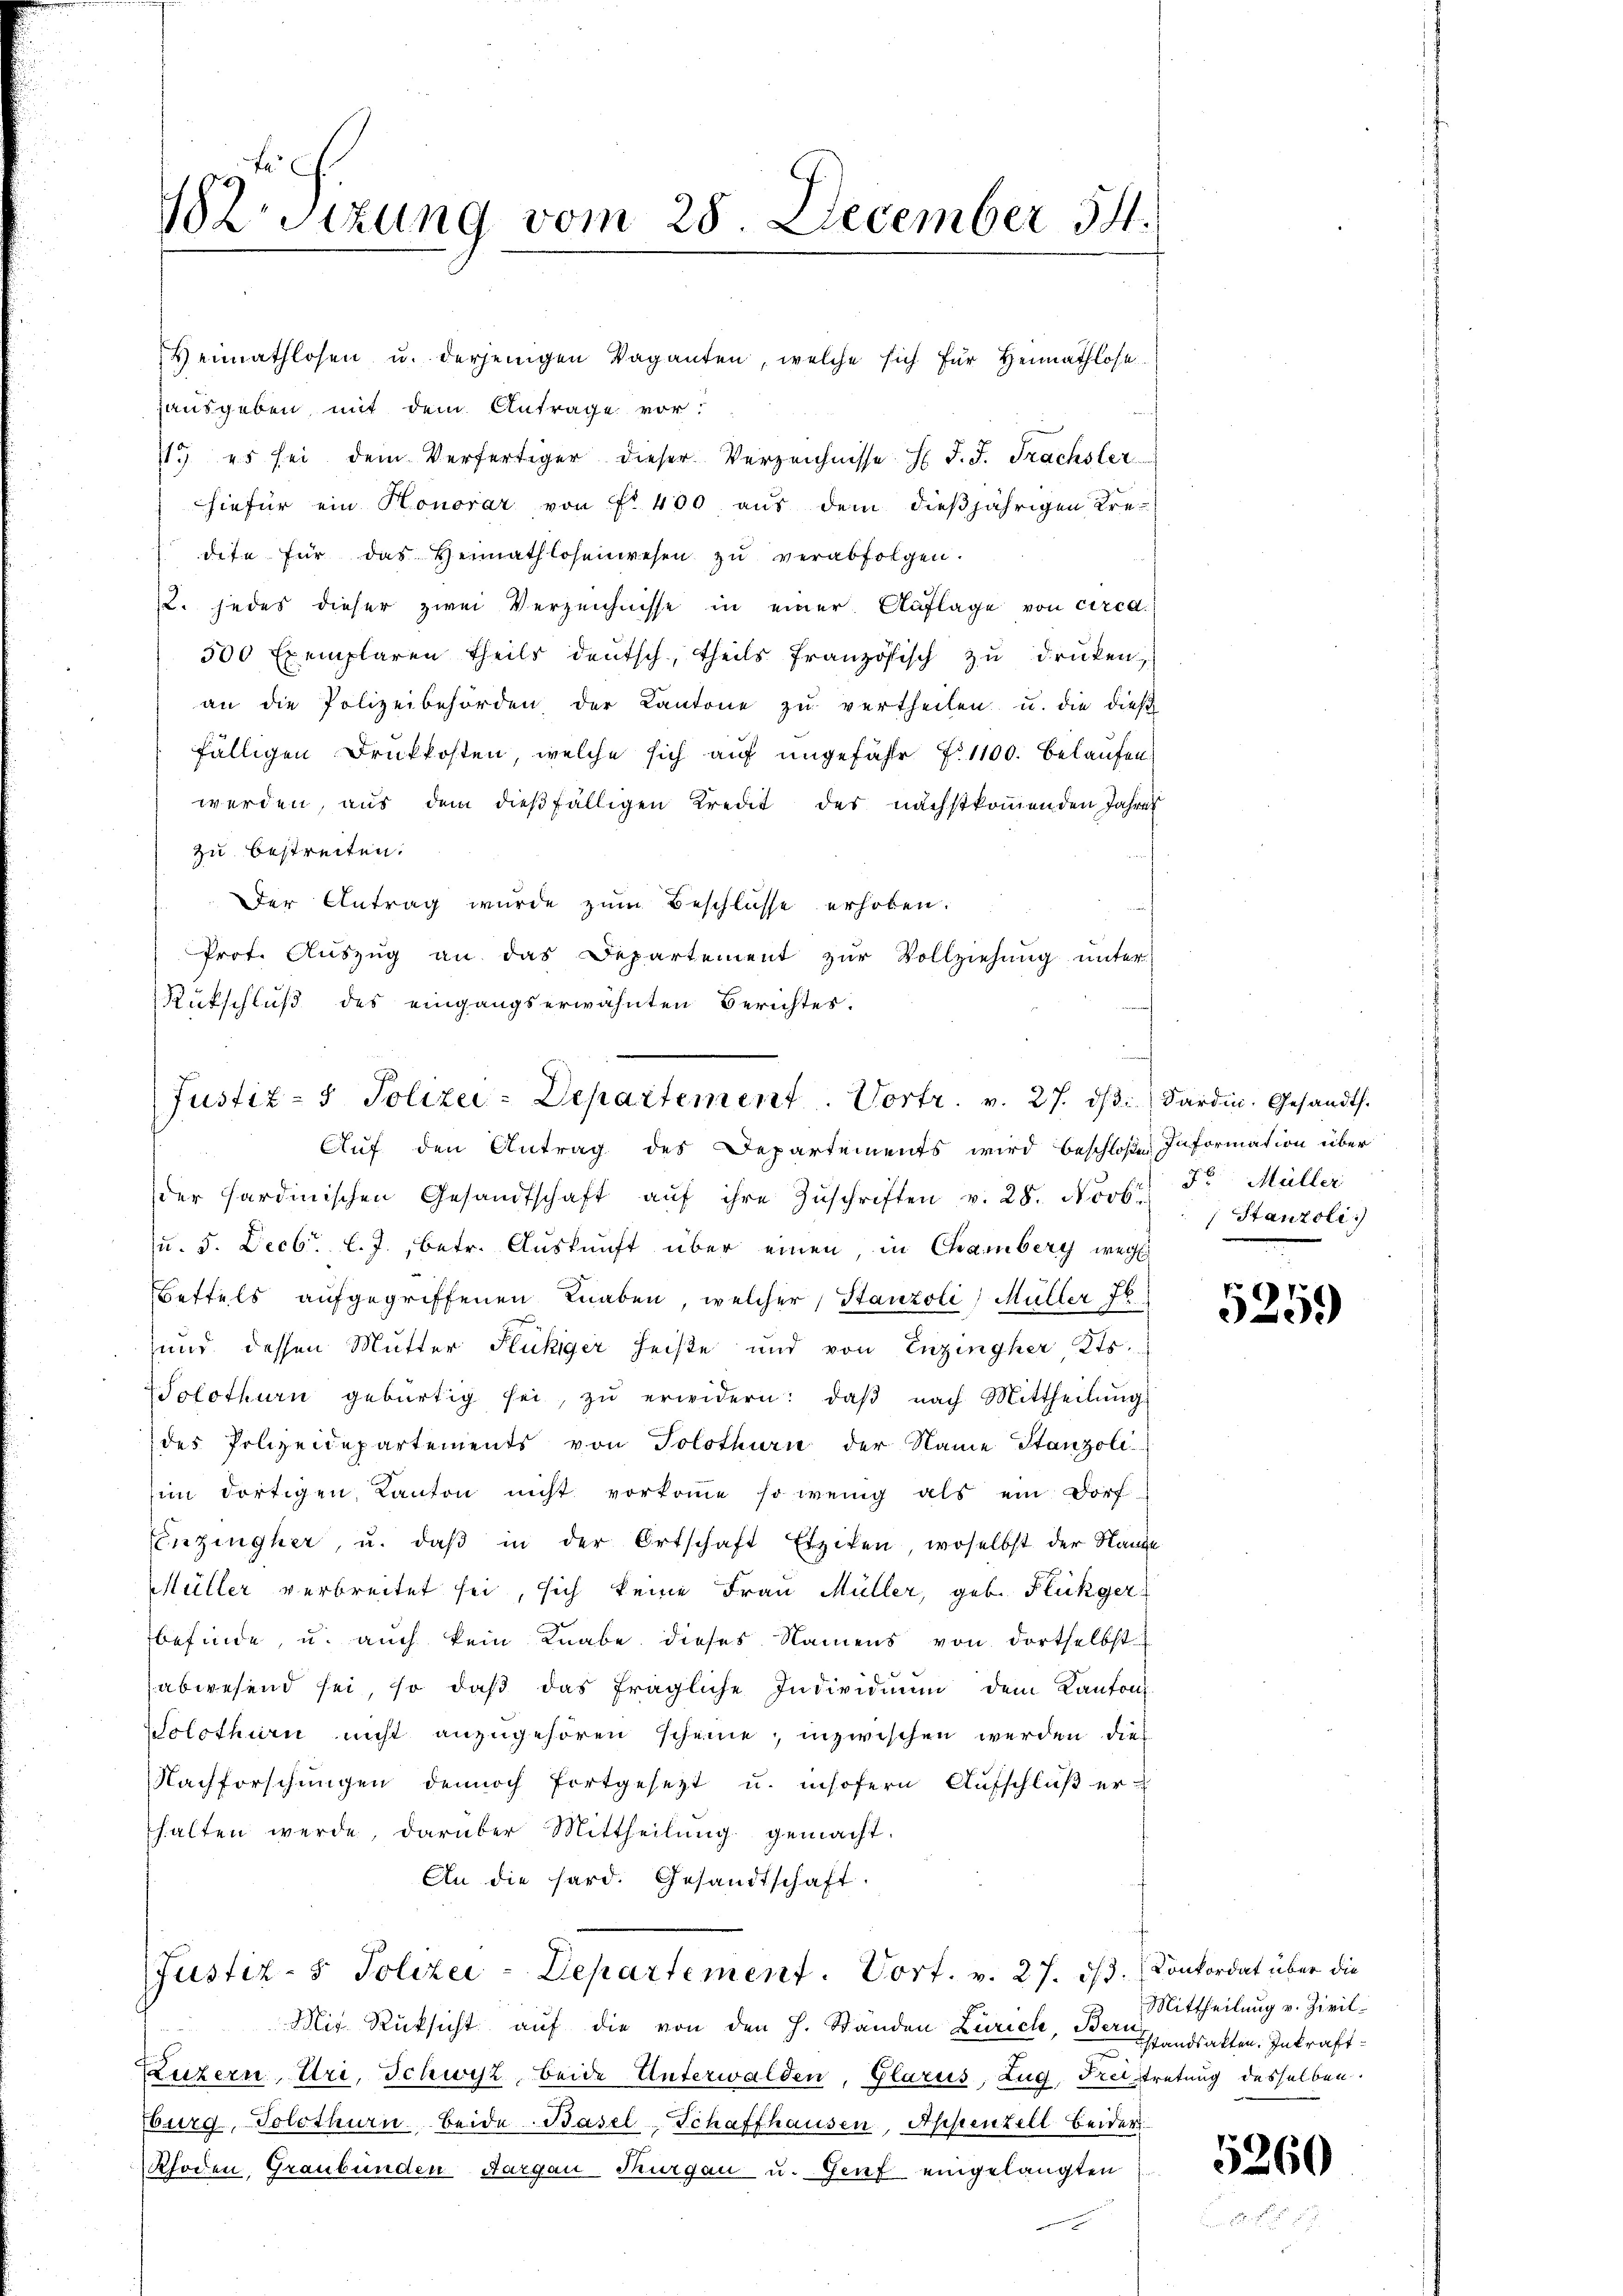
182 Sizung vom 28. December 54.

Heimathlosen u. derjenigen Vaganten, welche sich für Heimathlose
ausgeben, mit dem Antrage vor:
11. es sei dem Verfertiger dieser Verzeichnisse H. J. J. Trächster
hiefür ein Honorar von Fr. 400 aus dem dießjährigen Kre-
dete für das Heimathlosenwesen zŭ verabfolgen.
2. jedes dieser zwei Verzeichnisse in einer Auflage von circd.
500 Exemplaren theils deutsch, theils französisch zu drucken
an die Polizeibehörden der Kantone zŭ vertheilen u. die dies
fälligen Druckkosten, welche sich auf ungefähr fl. 1100. belaufen
werden, aus dem dießfälligen Kreut des nächstkommenden Jahres
zu bestreiten:
Der Antrag wurde zum Beschlüsse erhoben.
Prot. Auszug an das Departement zur Vollziehung unter
Rütschluß des eingangserwähnten Berichtes.

Justiz- & Polizei-Departement. Vortr. v. 27. d. Sardin. Gesandt.
Auf den Antrag des Departements wird beschloßen Information über

Justiz- & Polizei-Departement. Vort. v. 27. ds. Konkordat über die

Stanzoli.)

der Hardinischen Gesandtschaft aŭf ihre Zŭschriften v. 28. Novbr. v. Müller
u. 5. Decbr. l. J., betr. Auskunft über einen, in Chamberg weg
Bettels aufgegriffenen Knaben, welcher Stanzoli) Müller 76
und dessen Mutter Flückiger heiße und von Enzingher Kts.
Solothurn gebürtig sei, zŭ erwidern: daβ nach Mittheilŭng
des Polizeidepartements von Solothurn der Name Stanzoli
im dortigen Kanton nicht vorkoṁe so wenig als ein Dorf
Einzingher, u. daβ in der Ortschaft Etziten, woselbst der Stande
Müller verbreitet sei, sich keine Frau Müller, geb. Flückger
befinde, u. auch kein Knabe dieses Namens von dortselbst
abwesend sei, so daß das fragliche Individuum dem Kanton
Solothurn nicht anzugehören scheine; inzwischen werden die
Nachforschungen dennoch fortgesetzt u. insofern Aufschluß erhalten werde, darüber Mittheilŭng gemacht.
An die hard. Gesandtschaft.

Mit Rücksicht auf die von den H. Standen Zürich, Bern handsakten. Inkraft¬
Luzern, Uri, Schwyz, beide Unterwalden, Glarus, Zug, Freitretung desselben.
burg, Solothurn beide Basel, Schaffhausen, Appenzell beider
Rhoden, Graubünden Aargau, Thurgau u. Genf eingelangten

5259

Mittheilung v. Zivil¬
.

5260